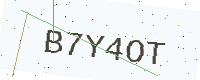
Text: B7Y4OT